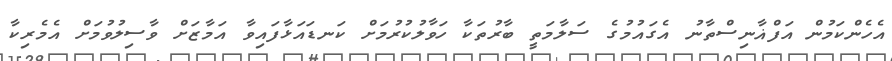
އެހެންކަމުން އަފްޣާނިސްތާނު އެގައުމުގެ ސަލާމަތީ ބާރުތަކާ ހަވާލުކުރުމަށް ކަނޑައަޅާފައިވާ އަމާޒަށް ވާސިލުވުމަށް އެމެރިކާ